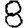
Digit: 8